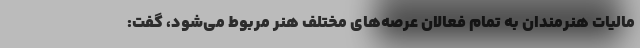
مالیات هنرمندان به تمام فعالان عرصه‌های مختلف هنر مربوط می‌شود، گفت: